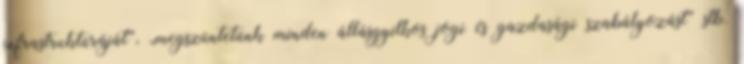
infrastruktúráját”, „megszüntetünk minden állásgyilkos jogi és gazdasági szabályozást” stb.